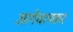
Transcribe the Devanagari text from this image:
आगेचलकर